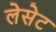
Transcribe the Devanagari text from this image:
लेसेट